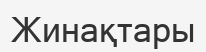
Жинақтары